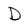
Character: D